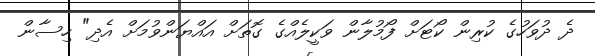
ދެ ދުވަހުގެ ކުރިން ކޯޓަށް ފޯމުލާން ވަކީލެއްގެ ގޮތަށް އައްޔަންވުމަށް އެދި" ހިސާން